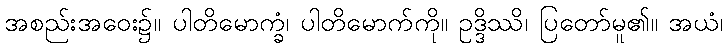
အစည်းအဝေး၌။ ပါတိမောက္ခံ၊ ပါတိမောက်ကို။ ဥဒ္ဒိဿိ၊ ပြတော်မူ၏။ အယံ၊